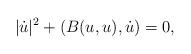
LaTeX: \begin{align*}|\dot{u}|^2+(B(u,u),\dot{u})=0,\end{align*}